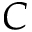
C